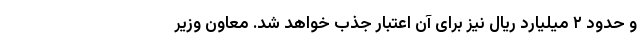
و حدود ۲ میلیارد ریال نیز برای آن اعتبار جذب خواهد شد. معاون وزیر